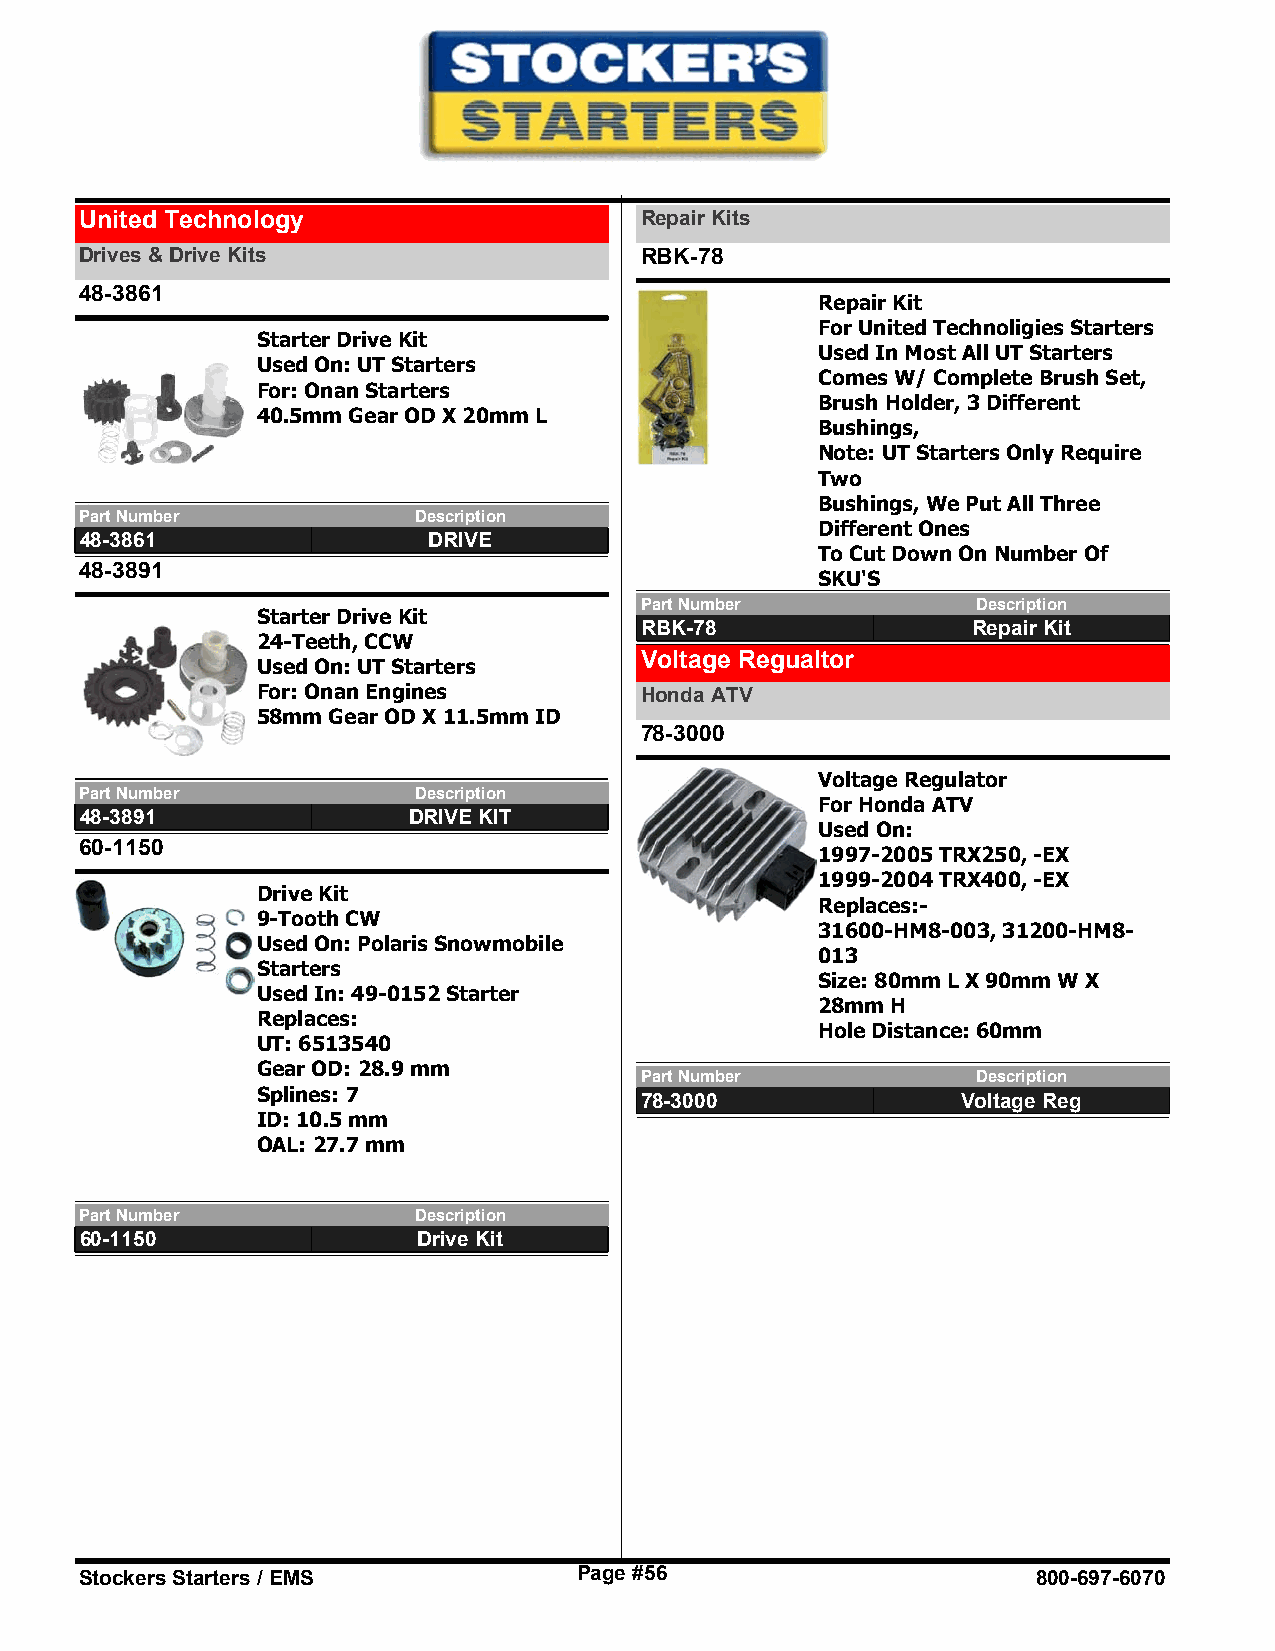
United Technology                    Repair Kits
 Drives & Drive Kits                  RBK-78
 48-3861
 Repair Kit
 For United Technoligies Starters
 Starter Drive Kit
 Used In Most All UT Starters
 Used On: UT Starters
 Comes W/ Complete Brush Set,
 For: Onan Starters
 Brush Holder, 3 Different
 40.5mm Gear OD X 20mm L
 Bushings,
 Note: UT Starters Only Require
 Two
 Bushings, We Put All Three
 Part Number           Description
 Different Ones
 48-3861                DRIVE
 To Cut Down On Number Of
 48-3891
 SKU'S
 Part Number            Description
 Starter Drive Kit
 RBK-78                Repair Kit
 24-Teeth, CCW
 Voltage Regualtor
 Used On: UT Starters
 For: Onan Engines        Honda ATV
 58mm Gear OD X 11.5mm ID
 78-3000
 Voltage Regulator
 Part Number           Description
 For Honda ATV
 48-3891               DRIVE KIT
 Used On:
 60-1150
 1997-2005 TRX250, -EX
 1999-2004 TRX400, -EX
 Drive Kit
 Replaces:-
 9-Tooth CW
 31600-HM8-003, 31200-HM8-
 Used On: Polaris Snowmobile
 013
 Starters
 Size: 80mm L X 90mm W X
 Used In: 49-0152 Starter
 28mm H
 Replaces:
 Hole Distance: 60mm
 UT: 6513540
 Gear OD: 28.9 mm
 Part Number            Description
 Splines: 7
 78-3000               Voltage Reg
 ID: 10.5 mm
 OAL: 27.7 mm
 Part Number           Description
 60-1150                Drive Kit
 Stockers Starters / EMS          Page #56                       800-697-6070